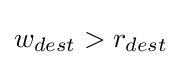
w_{dest}>r_{dest}